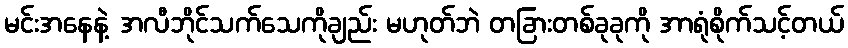
မင်းအနေနဲ့ အလီဘိုင်သက်သေကိုချည်း မဟုတ်ဘဲ တခြားတစ်ခုခုကို အာရုံစိုက်သင့်တယ်